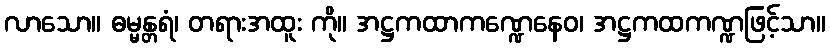
လာသော။ ဓမ္မန္တရံ၊ တရားအထူး ကို။ အဋ္ဌကထာကဏ္ဍေနေဝ၊ အဋ္ဌကထကဏ္ဍဖြင့်သာ။